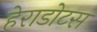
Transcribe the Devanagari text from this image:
हेराडोटस